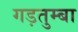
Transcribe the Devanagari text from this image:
गड़तुम्बा